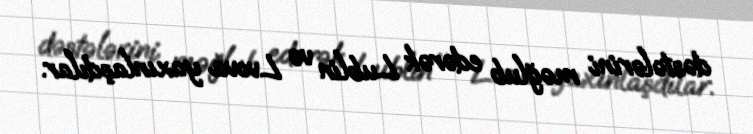
dəstələrini məğlub edərək Lublin və Lvova yaxınlaşdılar.